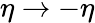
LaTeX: \eta\rightarrow-\eta